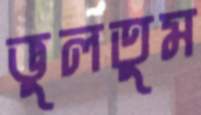
ভুলতুম